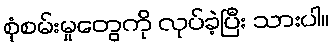
စုံစမ်းမှုတွေကို လုပ်ခဲ့ပြီး သားပါ။